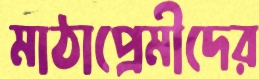
মাঠাপ্রেমীদের